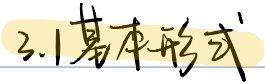
3.1基本形式